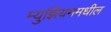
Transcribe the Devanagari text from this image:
म्युझियममधील